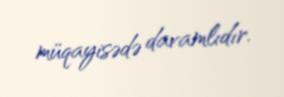
müqayisədə davamlıdır.